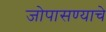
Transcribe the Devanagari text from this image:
जोपासण्याचे